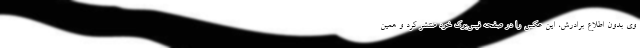
وی بدون اطلاع برادرش، این عکس را در صفحه فیس‌بوک خود منتشر کرد و همین